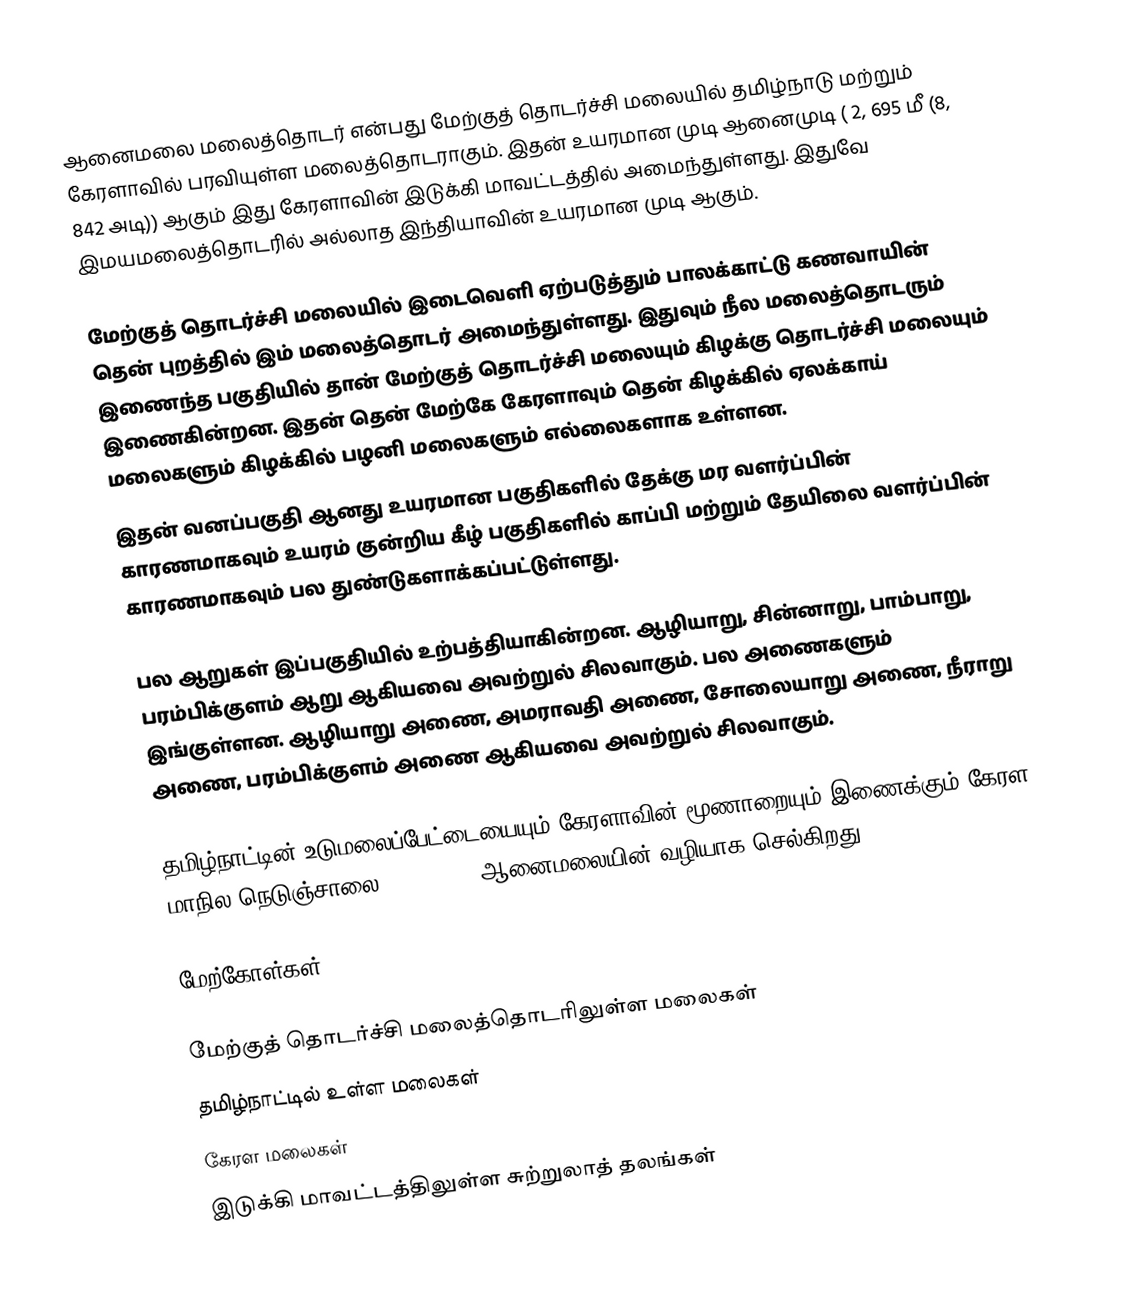
ஆனைமலை மலைத்தொடர் என்பது மேற்குத் தொடர்ச்சி மலையில் தமிழ்நாடு மற்றும் கேரளாவில் பரவியுள்ள மலைத்தொடராகும். இதன் உயரமான முடி ஆனைமுடி ( 2, 695 மீ (8, 842 அடி)) ஆகும் இது கேரளாவின் இடுக்கி மாவட்டத்தில் அமைந்துள்ளது. இதுவே இமயமலைத்தொடரில் அல்லாத இந்தியாவின் உயரமான முடி ஆகும்.

மேற்குத் தொடர்ச்சி மலையில் இடைவெளி ஏற்படுத்தும் பாலக்காட்டு கணவாயின் தென் புறத்தில் இம் மலைத்தொடர் அமைந்துள்ளது. இதுவும் நீல மலைத்தொடரும் இணைந்த பகுதியில் தான் மேற்குத் தொடர்ச்சி மலையும் கிழக்கு தொடர்ச்சி மலையும் இணைகின்றன. இதன் தென் மேற்கே கேரளாவும் தென் கிழக்கில் ஏலக்காய் மலைகளும் கிழக்கில் பழனி மலைகளும் எல்லைகளாக உள்ளன.
இதன் வனப்பகுதி ஆனது உயரமான பகுதிகளில் தேக்கு மர வளர்ப்பின் காரணமாகவும் உயரம் குன்றிய கீழ் பகுதிகளில் காப்பி மற்றும் தேயிலை வளர்ப்பின் காரணமாகவும் பல துண்டுகளாக்கப்பட்டுள்ளது.

பல ஆறுகள் இப்பகுதியில் உற்பத்தியாகின்றன. ஆழியாறு, சின்னாறு, பாம்பாறு, பரம்பிக்குளம் ஆறு ஆகியவை அவற்றுல் சிலவாகும். பல அணைகளும் இங்குள்ளன. ஆழியாறு அணை, அமராவதி அணை, சோலையாறு அணை, நீராறு அணை, பரம்பிக்குளம் அணை ஆகியவை அவற்றுல் சிலவாகும்.

தமிழ்நாட்டின் உடுமலைப்பேட்டையையும் கேரளாவின் மூணாறையும் இணைக்கும் கேரள மாநில நெடுஞ்சாலை 17 (SH 17) ஆனைமலையின் வழியாக செல்கிறது.

மேற்கோள்கள்

மேற்குத் தொடர்ச்சி மலைத்தொடரிலுள்ள மலைகள்
தமிழ்நாட்டில் உள்ள மலைகள்
கேரள மலைகள்
இடுக்கி மாவட்டத்திலுள்ள சுற்றுலாத் தலங்கள்